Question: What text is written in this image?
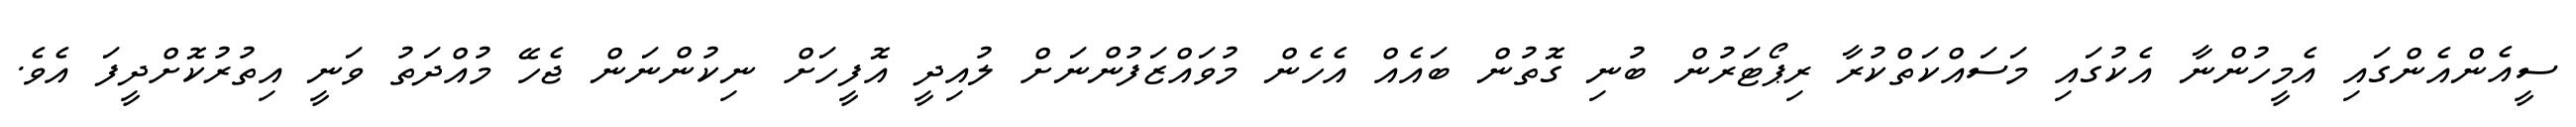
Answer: ސީއެންއެންގައި އެމީހުންނާ އެކުގައި މަސައްކަތްކުރާ ރިޕޯޓަރުން ބުނި ގޮތުން ބައެއް އެހެން މުވައްޒަފުންނަށް ލުއިދީ އޮފީހަށް ނިކުންނަން ޖެހޭ މުއްދަތު ވަނީ އިތުރުކޮށްދީފަ އެވެ.